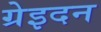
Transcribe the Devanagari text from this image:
ग्रेइदन